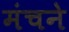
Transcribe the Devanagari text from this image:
मंचने